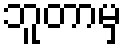
ဘူတာမှ